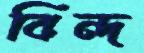
বিন্দ